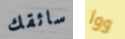
سائقك ووا